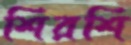
শিরশি